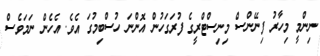
ނިންމީ މިިހާރު ފިނޭންސް މިނިސްޓްރީގެ ފުރަގަހުން އޮންނަ ހުސްބިމުގަ އެވެ. އެހެން ނަމަވެސް